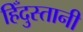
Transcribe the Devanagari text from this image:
हिँदुस्तानी